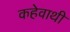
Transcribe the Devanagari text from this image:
कहेवाथी